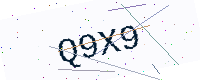
Text: Q9X9